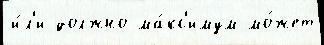
и́л'и должно ма́кс'имум мо́жет